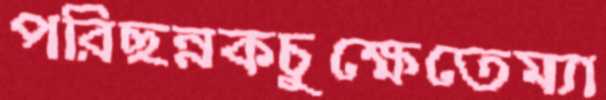
পরিছন্নকচুক্ষেতেম্যা